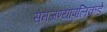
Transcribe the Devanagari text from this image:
समजण्यापलिकडे